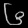
Digit: ၆